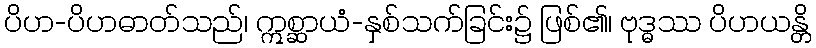
ပိဟ-ပိဟဓာတ်သည်၊ ဣစ္ဆာယံ-နှစ်သက်ခြင်း၌ ဖြစ်၏၊ ဗုဒ္ဓဿ ပိဟယန္တိ